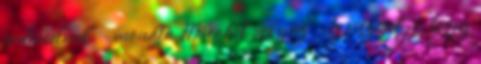
érdemelnek" - mondta Mücahit Akyüz. Az viszont jó, hogy